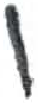
אות: ו